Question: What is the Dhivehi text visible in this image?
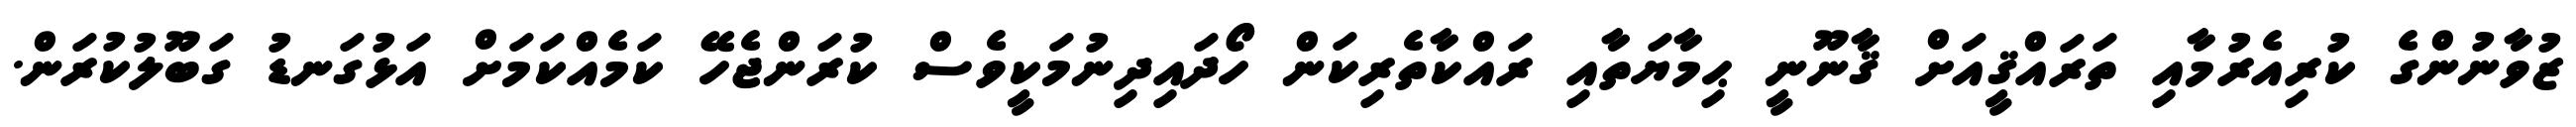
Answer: ޒުވާނުންގެ ކުރިއެރުމާއި ތަރައްޤީއަށް ޤާނޫނީ ޙިމާޔަތާއި ރައްކާތެރިކަން ހޯދައިދިނުމަކީވެސް ކުރަންޖެހޭ ކަމެއްކަމަށް އަޅުގަނޑު ގަބޫލުކުރަން.